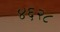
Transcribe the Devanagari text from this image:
४६२८